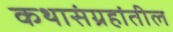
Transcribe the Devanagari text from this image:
कथासंग्रहांतील